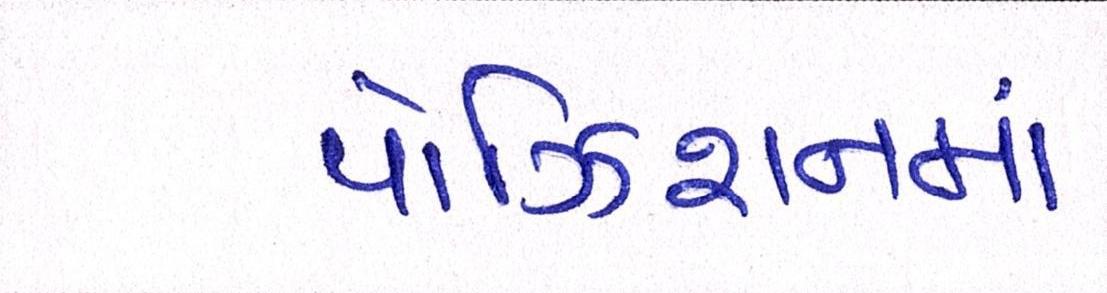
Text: પોઝિશનમાં